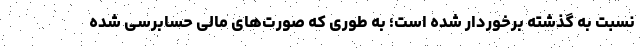
نسبت به گذشته برخوردار شده است؛ به طوری که صورت‌های مالی حسابرسی شده